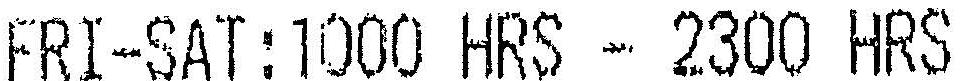
FRI-SAT:1000 HRS - 2300 HRS